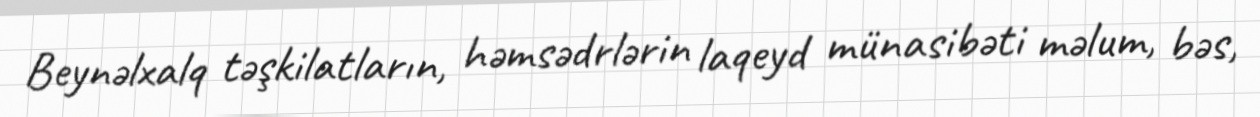
Beynəlxalq təşkilatların, həmsədrlərin laqeyd münasibəti məlum, bəs,